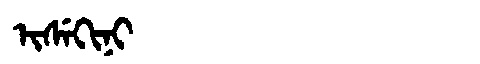
Manchu: ᡳᠰᡝᡴᡳᠨᡳ
Romanization: ISEKINI